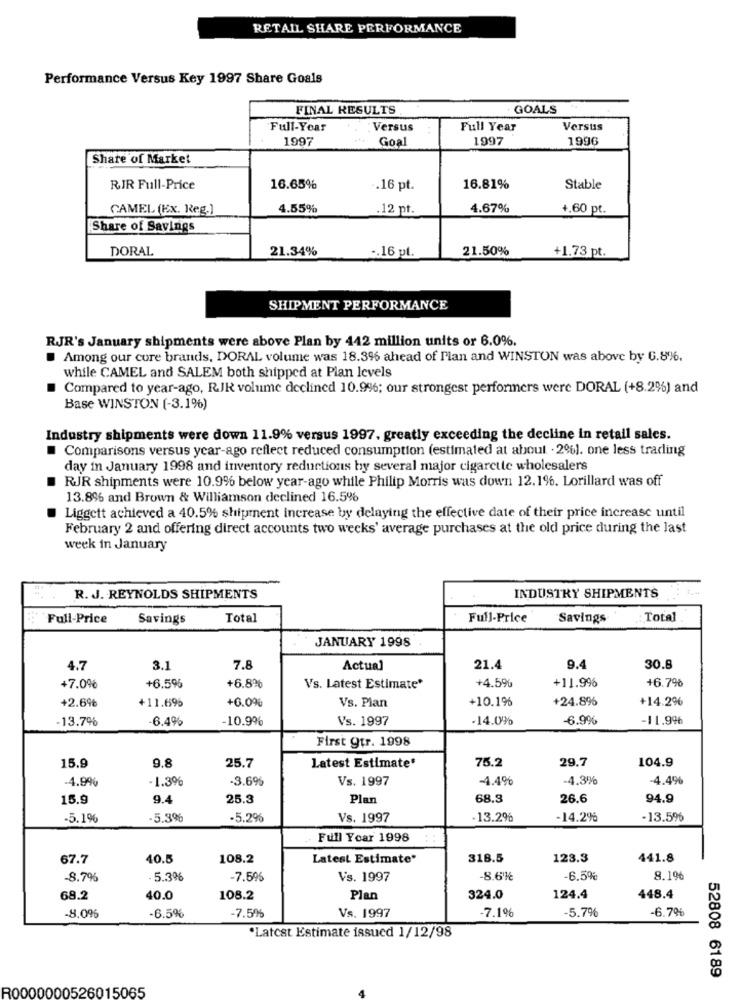
RETAIL SHARE PERFORMANCE
Performance Versus Key 1997 Share Goals
FINAL RESULTS
GOALS
Full-Year
Versus
Full Year
Versus
1997
Goal
1997
1996
Share of Market
RIR Full-Price
16.65%
.. 16 pt.
16.81%
Stable
GAMEL (Ex. Reg.]
4.55%
.12 pt.
4.67%
+.60 pt.
Share of Savings
DORAL
21.34%
.. 16 pl.
21.50%
+1.73 pt.
SHIPMENT PERFORMANCE
RJR's January shipments were above Plan by 442 million units or 6.0%.
Among our core brands, DORAL volume was 18.396 ahead of Man and WINSTON was above by 6.8%.
while CAMEL and SALEM both shipped at Plan levels
Compared to year-ago, RJR volume declined 10.9%; our strongest performers were DORAL (+8.2%) and
Base WINSTON (-3.1%)
Industry shipments were down 11.9% versus 1997, greatly exceeding the decline in retail sales.
Comparisons versus year-ago reflect reduced consumption (estimated at about . 2%). one less trading
day in January 1998 and inventory reductions by several major cigarette wholesalers
RJR shipments were 10.9% below year-ago while Philip Morris was down 12.1%. Lorillard was off
13.8% and Brown & Williamson declined 16.5%
Liggett achieved a 40.5% shipment increase by delaying the effective date of their price increase until
February 2 and offering direct accounts two weeks' average purchases at the old price during the last
week in January
R. J. REYNOLDS SHIPMENTS
INDUSTRY SHIPMENTS
Full-Price
Savings
Total
Full-Price
Savings
Total
JANUARY 1998
4.7
3.1
7.8
Actual
21.4
9.4
30.8
+11.99%
+6.7%
+7.0%
+6.5%
+6.8%
Vs. Latest Estimate*
+4.5%
+2.6%
+11.695
+0.0%
Vs. Plan
+10.1%
+24.8%
+14.2%
13.7%
6.4%
-10.9%
Vs. 1997
.14.0%
6.9%
-11.996
First gtr. 1998
9.8
25.7
75.2
29.7
104.9
15.9
Latest Estimate'
-4.99%
-1.3%
-3.6%
Vs. 1997
-4.4%
-4.3%
4.49%
15.9
9.4
25.3
Plan
68.3
26.6
94.9
-5.1%
-5.3%
-5.26
Vs. 1997
-13.2%
-14.2%
-13.596
Full Year 1998
67.7
40.5
108.2
Latest Estimate'
318.5
123.3
441.8
-8.7%
- 5.3%
-7.596
Vs. 1997
8.6k
-6.5%
8.196
68.2
40.0
108.2
Plan
324.0
124.4
448.4
-6.5%
-7.5%
-6.7%
-8,09%
Vs. 1997
-7.1%
-5.7%
·Latest Estimate issued 1/12/98
52808 6189
R0000000526015065